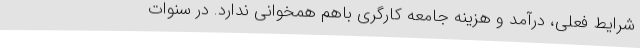
شرایط فعلی، درآمد و هزینه جامعه کارگری باهم همخوانی ندارد. در سنوات